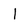
Character: 1